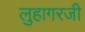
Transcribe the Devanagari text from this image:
लुहागरजी